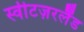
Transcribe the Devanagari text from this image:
स्वीटज़रलैंड